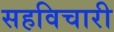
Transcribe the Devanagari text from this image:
सहविचारी